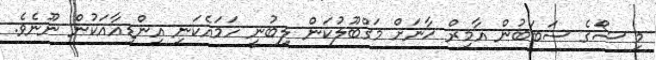
މި ޝޯގެ ސަބަބުން އާމިރް ޚާނަށް މަގްބޫލުކަން ލިބުނީ ހަމައެކަނި އިންޑިއާއަކުން ނޫނެވެ.